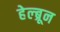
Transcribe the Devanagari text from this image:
हेल्ब्रून